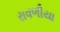
રાવળીયા